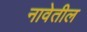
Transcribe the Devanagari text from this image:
नावेतील